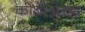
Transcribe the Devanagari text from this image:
कोर्बेलोव्हा